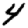
Digit: 4